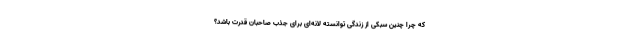
که چرا چنین سبکی از زندگی توانسته لانه‌ای برای جذب صاحبان قدرت باشد؟